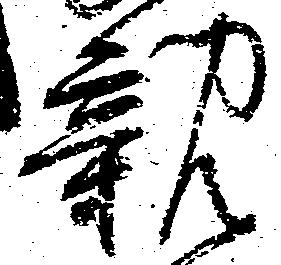
親